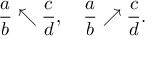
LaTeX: { \frac { a } { b } } \nwarrow { \frac { c } { d } } , \quad { \frac { a } { b } } \nearrow { \frac { c } { d } } .